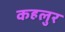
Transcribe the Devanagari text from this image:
कहलुर